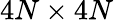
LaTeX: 4N\times 4N